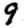
Digit: 9